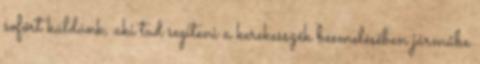
sofőrt küldünk, aki tud segíteni a kerekesszék beemelésében járműbe